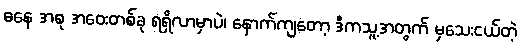
ဓနေ အစု အဝေးတစ်ခု ရရှိလာမှာပဲ၊ နောက်ကျတော့ ဒီကသူ့အတွက် မှသေးငယ်တဲ့